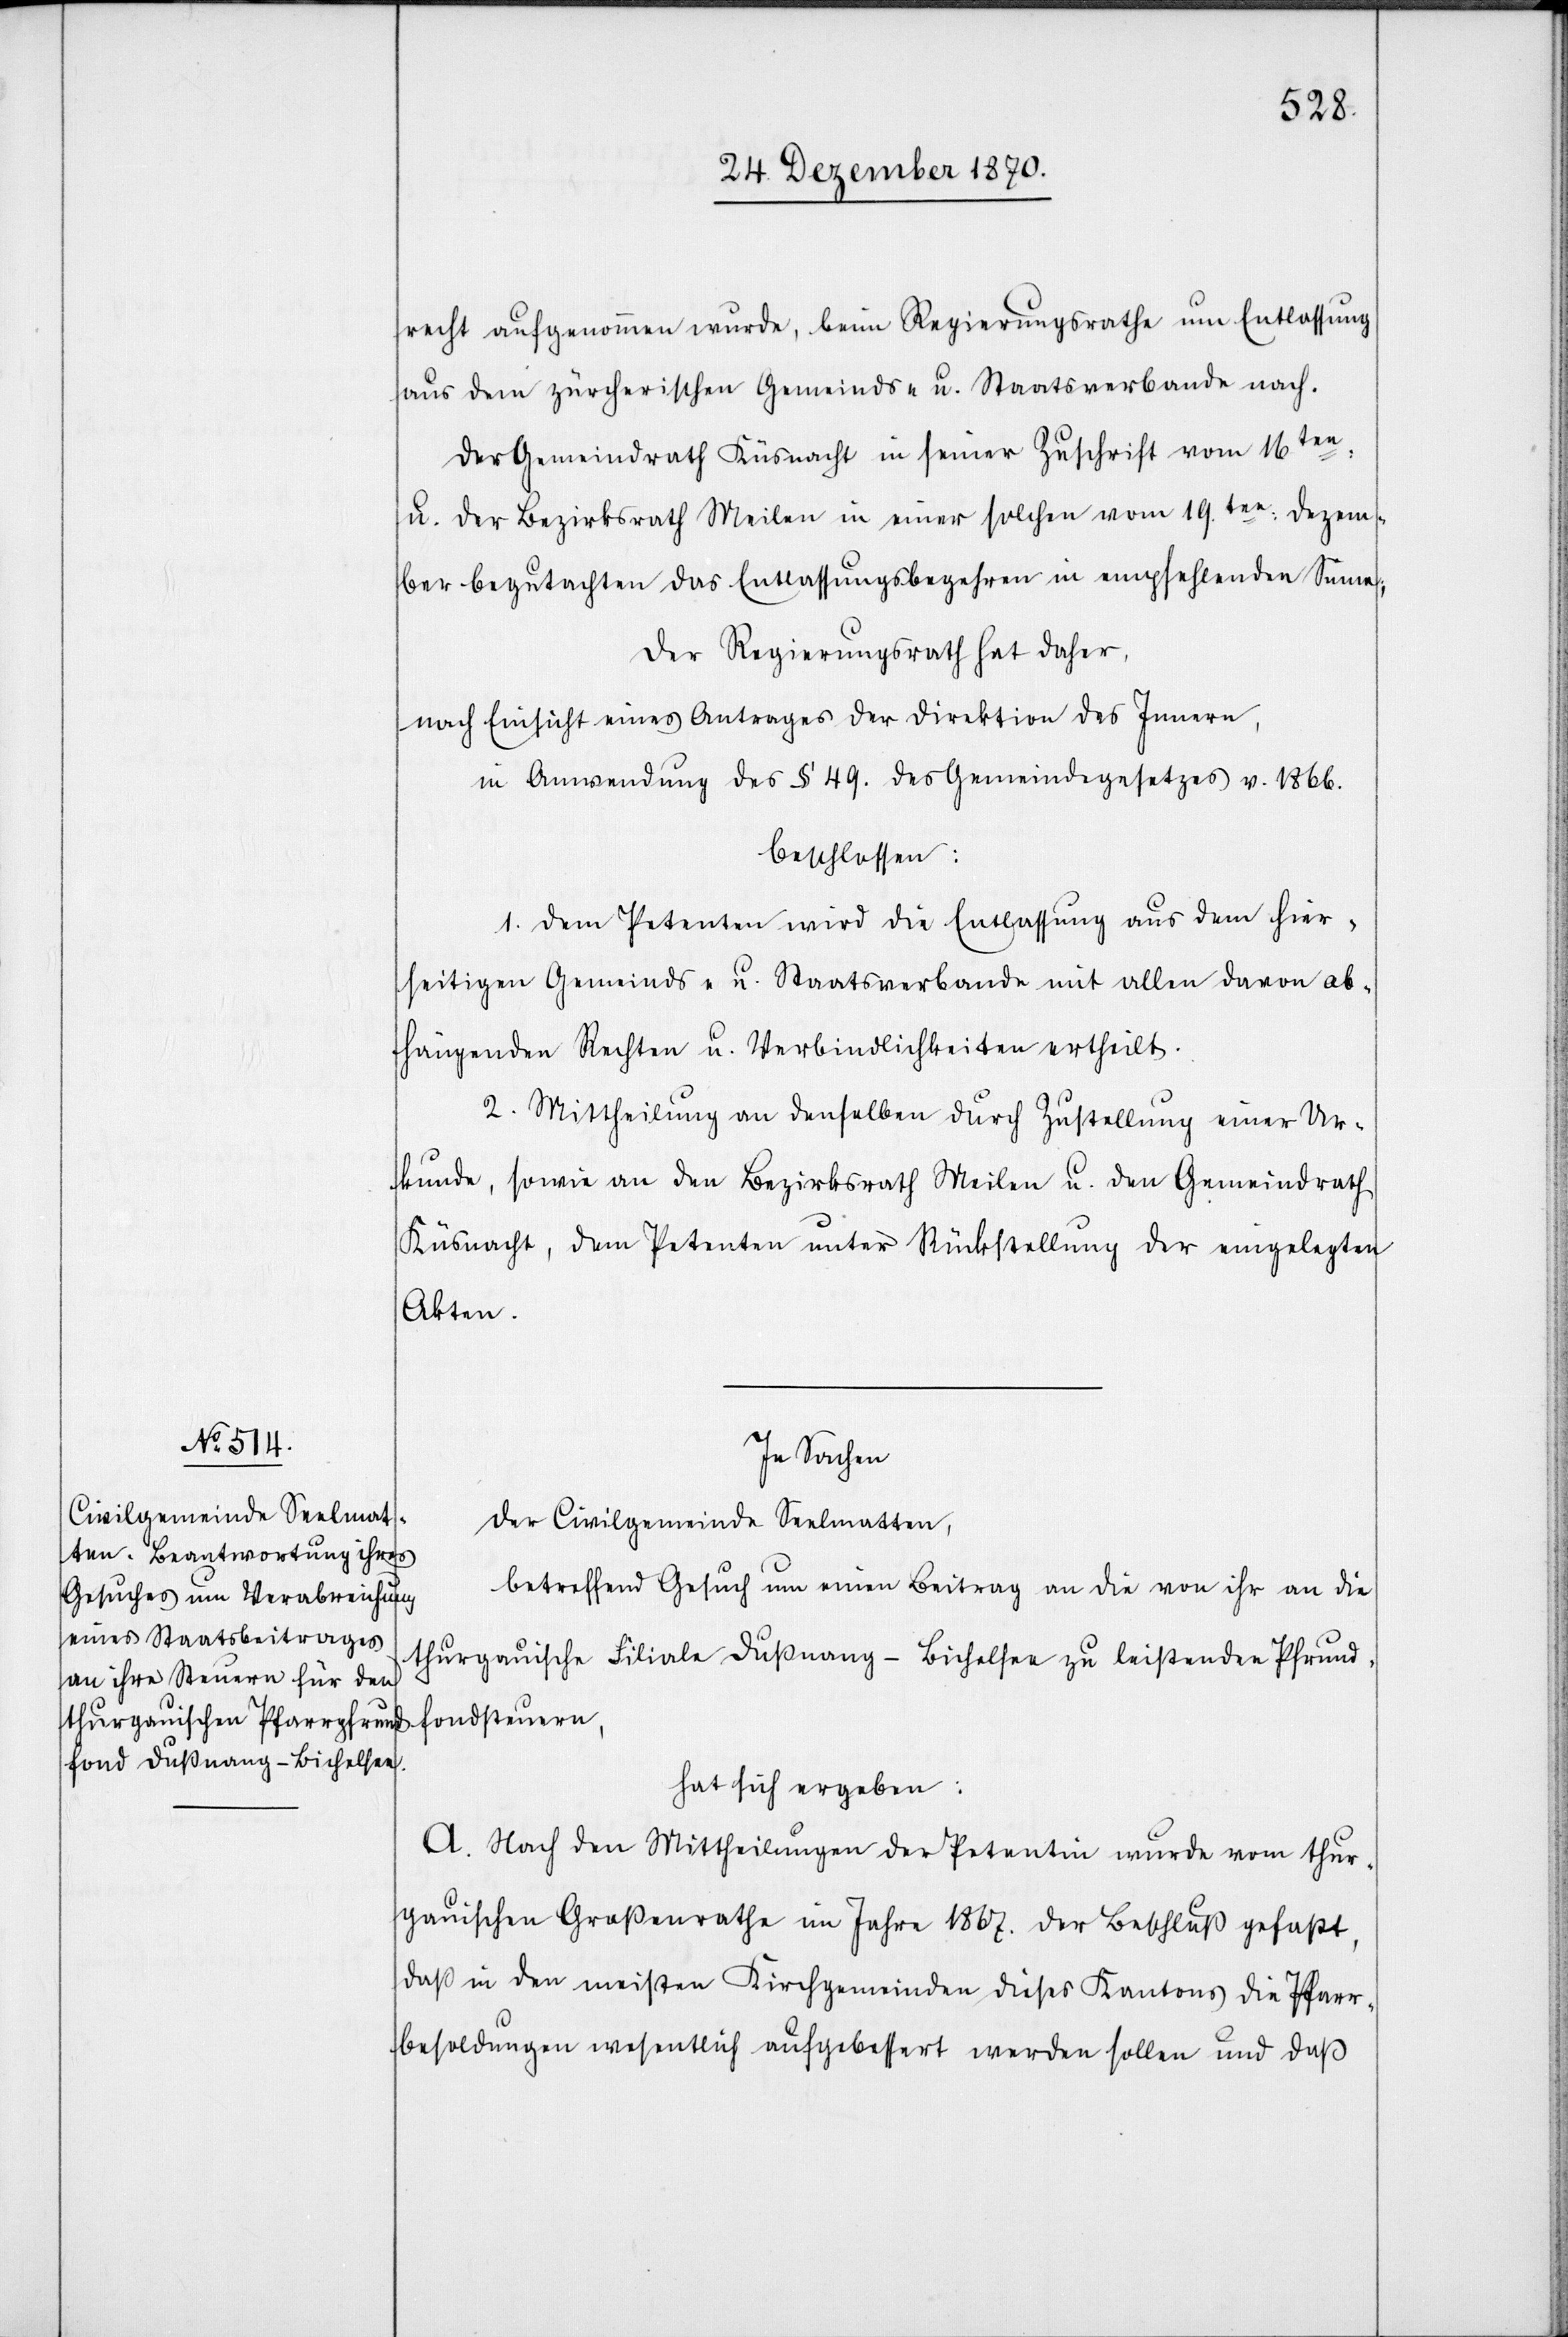
recht aufgenommen wurde, beim Regierungsrathe um Entlassung
aus dem zürcherischen Gemeinds- u. Staatsverbande nach.
Der Gemeindrath Küsnacht in seiner Zuschrift vom 16ten:
u. der Bezirksrath Meilen in einer solchen vom 19ten: Dezem¬
ber begutachten das Entlassungsbegehren in empfehlendem Sinne.
Der Regierungsrath hat daher,
nach Einsicht eines Antrages der Direktion des Innern,
in Anwendung des § 49. des Gemeindegesetzes v. 1866.
beschlossen:
1. Dem Petenten wird die Entlassung aus dem hier¬
seitigen Gemeinds- u. Staatsverbande mit allen davon ab¬
hängenden Rechten u. Verbindlichkeiten ertheilt.
2. Mittheilung an denselben durch Zustellung einer Ur¬
kunde, sowie an den Bezirksrath Meilen u. den Gemeindrath
Küsnacht, dem Petenten unter Rückstellung der eingelegten
Akten.
In Sachen
der Civilgemeinde Seelmatten,
betreffend Gesuch um einen Beitrag an die von ihr an die
thurgauische Filiale Dußnang - Bichelsen zu leistenden Pfrund¬
fondsteuern,
hat sich ergeben:
A. Nach den Mittheilungen der Petentin wurde vom thur¬
gauischen Großenrathe im Jahre 1867. der Beschluß gefaßt,
daß in den meisten Kirchgemeinden dieses Kantons die Pfarr¬
besoldungen wesentlich aufgebessert werden sollen und daß